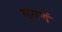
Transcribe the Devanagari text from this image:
मगणं